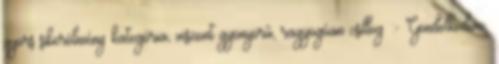
gyors sikerélmény kategória, viszont gyönyörű, ragyogóan csillog :- Gondolkodom,